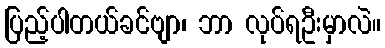
ပြည့်ပါတယ်ခင်ဗျာ၊ ဘာ လုပ်ရဦးမှာလဲ။